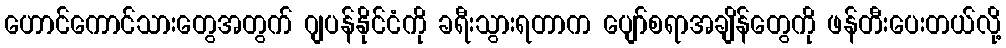
ဟောင်ကောင်သားတွေအတွက် ဂျပန်နိုင်ငံကို ခရီးသွားရတာက ပျော်စရာအချိန်တွေကို ဖန်တီးပေးတယ်လို့